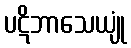
ပဋိဘာသေယျုံ